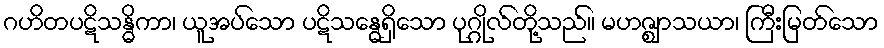
ဂဟိတပဋိသန္ဓိကာ၊ ယူအပ်သော ပဋိသန္ဓေရှိသော ပုဂ္ဂိုလ်တို့သည်။ မဟဇ္ဈာသယာ၊ ကြီးမြတ်သော